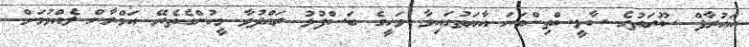
އައުރާފް ސޫރަތުގެ ސާޅީސްތިންވަނަ އާޔަތުގައިވާ ވަހީގެ ބަސްފުޅު ރައްދުވާ މީހުންގެތެރޭ އަމްރާން ލެއްވުމަށް